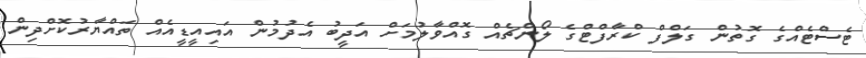
ޓެސްޓެއްގެ ގޮތުން ގަލްފް ކްރާފްޓްގެ ލޯންޗެއް ގޮއްވާލުމަށް އަދީބު އެދުމުން އައިއީޑީއެއް ތައްޔާރުކޮށްދިން